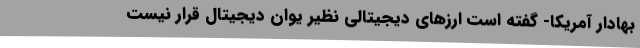
بهادار آمریکا- گفته است ارزهای دیجیتالی نظیر یوان دیجیتال قرار نیست